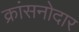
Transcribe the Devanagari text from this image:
क्रांसनोदार